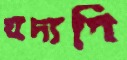
যদ্যপি